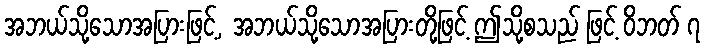
အဘယ်သို့သောအပြားဖြင့်, အဘယ်သို့သောအပြားတို့ဖြင့် ဤသို့စသည် ဖြင့် ဝိဘတ် ၇